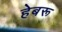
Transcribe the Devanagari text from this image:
हेबरू